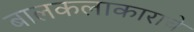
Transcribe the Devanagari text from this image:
बालकलाकाराचे